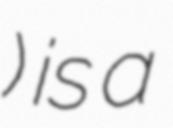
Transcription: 上海電影集團公司) is a